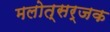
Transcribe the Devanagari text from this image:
मलोत्सर्जक